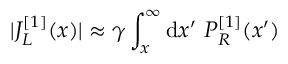
| J _ { L } ^ { [ 1 ] } ( x ) | \approx \gamma \int _ { x } ^ { \infty } \mathrm { d } x ^ { \prime } ~ P _ { R } ^ { [ 1 ] } ( x ^ { \prime } )